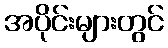
အပိုင်းများတွင်